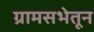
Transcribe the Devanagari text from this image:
ग्रामसभेतून